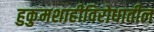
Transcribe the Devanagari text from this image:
हुकुमशाहीविरोधातील